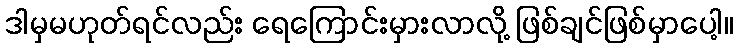
ဒါမှမဟုတ်ရင်လည်း ရေကြောင်းမှားလာလို့ ဖြစ်ချင်ဖြစ်မှာပေါ့။